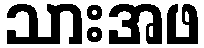
သားအဖ